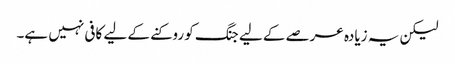
لیکن یہ زیادہ عرصے کے لیے جنگ کو روکنے کے لیے کافی نہیں ہے۔